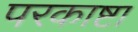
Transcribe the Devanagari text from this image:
परकाष्टा